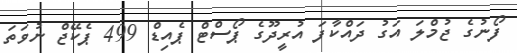
ފޯނުގެ ޖުމްލަ އަގު ދައްކާފަ އުރީދޫގެ ޕޯސްޓް ޕެއިޑް 499 ޕެކޭޖް ނުވަތަ